Annual report on the health of the army in India
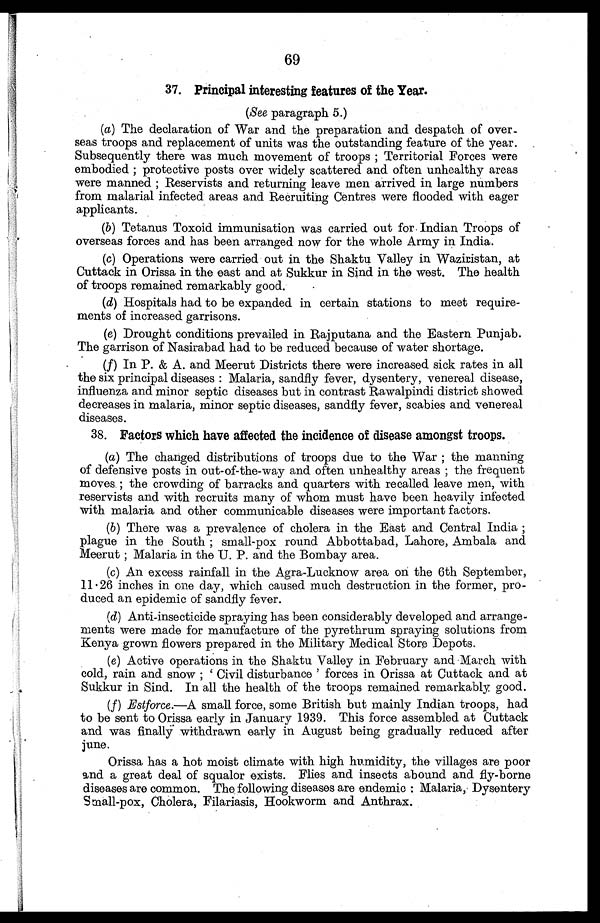
69
37. Principal interesting features of the Year.
(See paragraph 5.)
(a) The declaration of War and the preparation and despatch of over-
seas troops and replacement of units was the outstanding feature of the year.
Subsequently there was much movement of troops ; Territorial Forces were
embodied ; protective posts over widely scattered and often unhealthy areas
were manned ; Reservists and returning leave men arrived in large numbers
from malarial infected areas and Recruiting Centres were flooded with eager
applicants.
(b) Tetanus Toxoid immunisation was carried out for. Indian Troops of
overseas forces and has been arranged now for the whole Army in India.
(c) Operations were carried out in the Shaktu Valley in Waziristan, at
Cuttack in Orissa in the east and at Sukkur in Sind in the west. The health
of troops remained remarkably good.
(d) Hospitals had to be expanded in certain stations to meet require-
ments of increased garrisons.
(e) Drought conditions prevailed in Rajputana and the Eastern Punjab.
The garrison of Nasirabad had to be reduced because of water shortage.
(f) In P. & A. and Meerut Districts there were increased sick rates in all
the six principal diseases : Malaria, sandfly fever, dysentery, venereal disease,
influenza and minor septic diseases but in contrast Rawalpindi district showed
decreases in malaria, minor septic diseases, sandfly fever, scabies and venereal
diseases.
38. Factors which have affected the incidence of disease amongst troops.
(a) The changed distributions of troops due to the War ; the manning
of defensive posts in out-of-the-way and often unhealthy areas ; the frequent
moves ; the crowding of barracks and quarters with recalled leave men, with
reservists and with recruits many of whom must have been heavily infected
with malaria and other communicable diseases were important factors.
(b) There was a prevalence of cholera in the East and Central India ;
plague in the South ; small-pox round Abbottabad, Lahore, Ambala and
Meerut ; Malaria in the U. P. and the Bombay area.
(c) An excess rainfall in the Agra-Lucknow area on the 6th September,
11.26 inches in one day, which caused much destruction in the former, pro-
duced an epidemic of sandfly fever.
(d) Anti-insecticide spraying has been considerably developed and arrange-
ments were made for manufacture of the pyrethrum spraying solutions from
Kenya grown flowers prepared in the Military Medical Store Depots.
(e) Active operations in the Shaktu Valley in February and March with
col d, rai n and snow ; ' Ci vi l di sturbance ' forces i n Ori ssa at Cuttack and at
Sukkur in Sind. In all the health of the troops remained remarkably good.
(f) Estforce.—A small force, some British but mainly Indian troops, had
to be sent to Orissa early in January 1939. This force assembled at Cuttack
and was finally withdrawn early in August being gradually reduced after
june.
Orissa has a hot moist climate with high humidity, the villages are poor
and a great deal of squalor exists. Flies and insects abound and fly-borne
diseases are common. The following diseases are endemic : Malaria, Dysentery
Small-pox, Cholera, Filariasis, Hookworm and Anthrax.